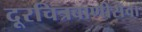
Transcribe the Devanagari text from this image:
दूरचित्रवाणीसेवा